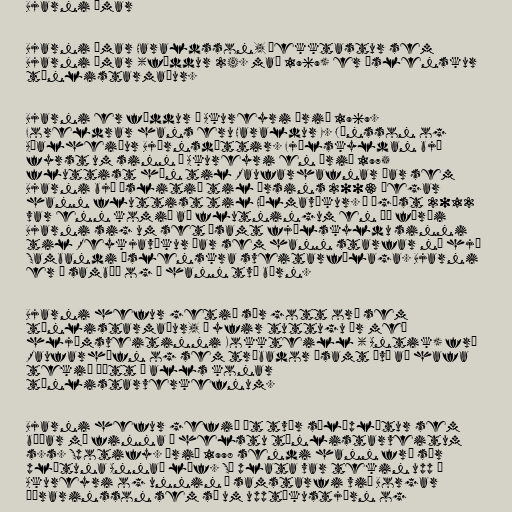
Bjarni Ómar

Bjarni Ómar Haraldsson, þekktastur sem
Bjarni Ómar (fæddur 24. maí 1969) er íslenskur
tónlistarmaður.

Bjarni er fæddur á Akureyri árið 1969.
Foreldrar hans eru Haraldur E. Jónsson og
Aðalheiður Björnsdóttir. Fjölskyldan bjó
fyrst um sinn á Akureyri en árið 1975
fluttist hún til Raufarhafnar þar sem
Bjarni bjó óslitið til ársins 2003 þegar
hann fluttist til Hólmavíkur. Í ágúst 2012
var enn komið að flutningum en þá færði
Bjarni sig um set ásamt fjölskyldu sinni
til Reykjavíkur þar sem hann starfar nú hjá
Sambandi Íslenskra sveitarfélaga. Bjarni
er í sambúð og á hann tvö börn.

Bjarni hefur getið sér gott orð sem
tónlistarmaður, í yfir tuttugu ár með
hljómsveitinni Kokkteill ( Antik) frá
Raufarhöfn og sem trúbador ásamt því að hafa
tekið þátt í alls konar
tónlistarverkefnum.

Bjarni hefur gefið út tvær sólóplötur sem
báðar má finna á helstu tónlistarveitum
s.s. Spotify. Árið 1998 sendi hann frá sér
plötuna Annað líf. Sú plata var tekin upp á
Akureyri og unnin í samstarfi við Borgar
Þórarinsson sem sá um upptökustjórn og